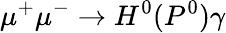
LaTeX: \mu^{+}\mu^{-}\rightarrow H^{0}(P^{0})\gamma